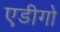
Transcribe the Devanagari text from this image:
एडीगो